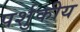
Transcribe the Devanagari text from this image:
पर्शुकीय